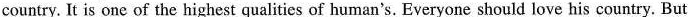
country. It is one of the highest qualities of human's. Everyone should love his country. But